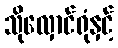
သိုလှောင်ရုံနှင့်